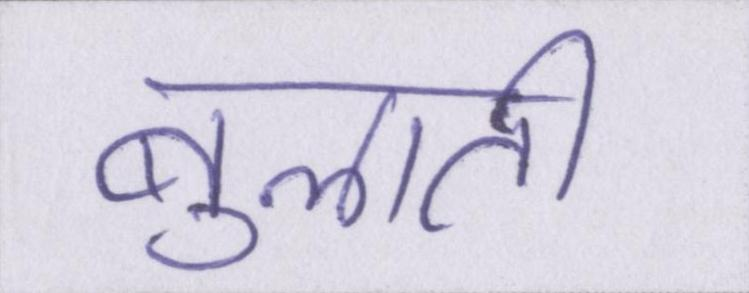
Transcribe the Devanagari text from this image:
बुलाती